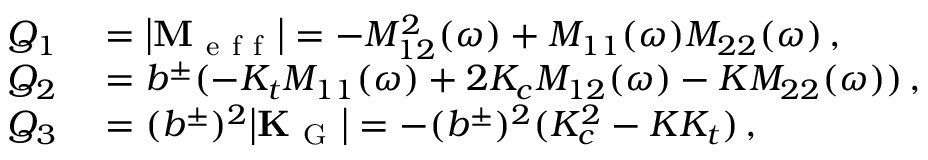
\begin{array} { r l } { Q _ { 1 } } & { { } = \big | \mathbf { M _ { \mathrm { ~ e ~ f ~ f ~ } } } \big | = - M _ { 1 2 } ^ { 2 } ( \omega ) + M _ { 1 1 } ( \omega ) M _ { 2 2 } ( \omega ) \, , } \\ { Q _ { 2 } } & { { } = b ^ { \pm } ( - K _ { t } M _ { 1 1 } ( \omega ) + 2 K _ { c } M _ { 1 2 } ( \omega ) - K M _ { 2 2 } ( \omega ) ) \, , } \\ { Q _ { 3 } } & { { } = ( b ^ { \pm } ) ^ { 2 } \big | \mathbf { K _ { \mathrm { ~ G ~ } } } \big | = - ( b ^ { \pm } ) ^ { 2 } ( K _ { c } ^ { 2 } - K K _ { t } ) \, , } \end{array}